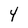
Character: 4